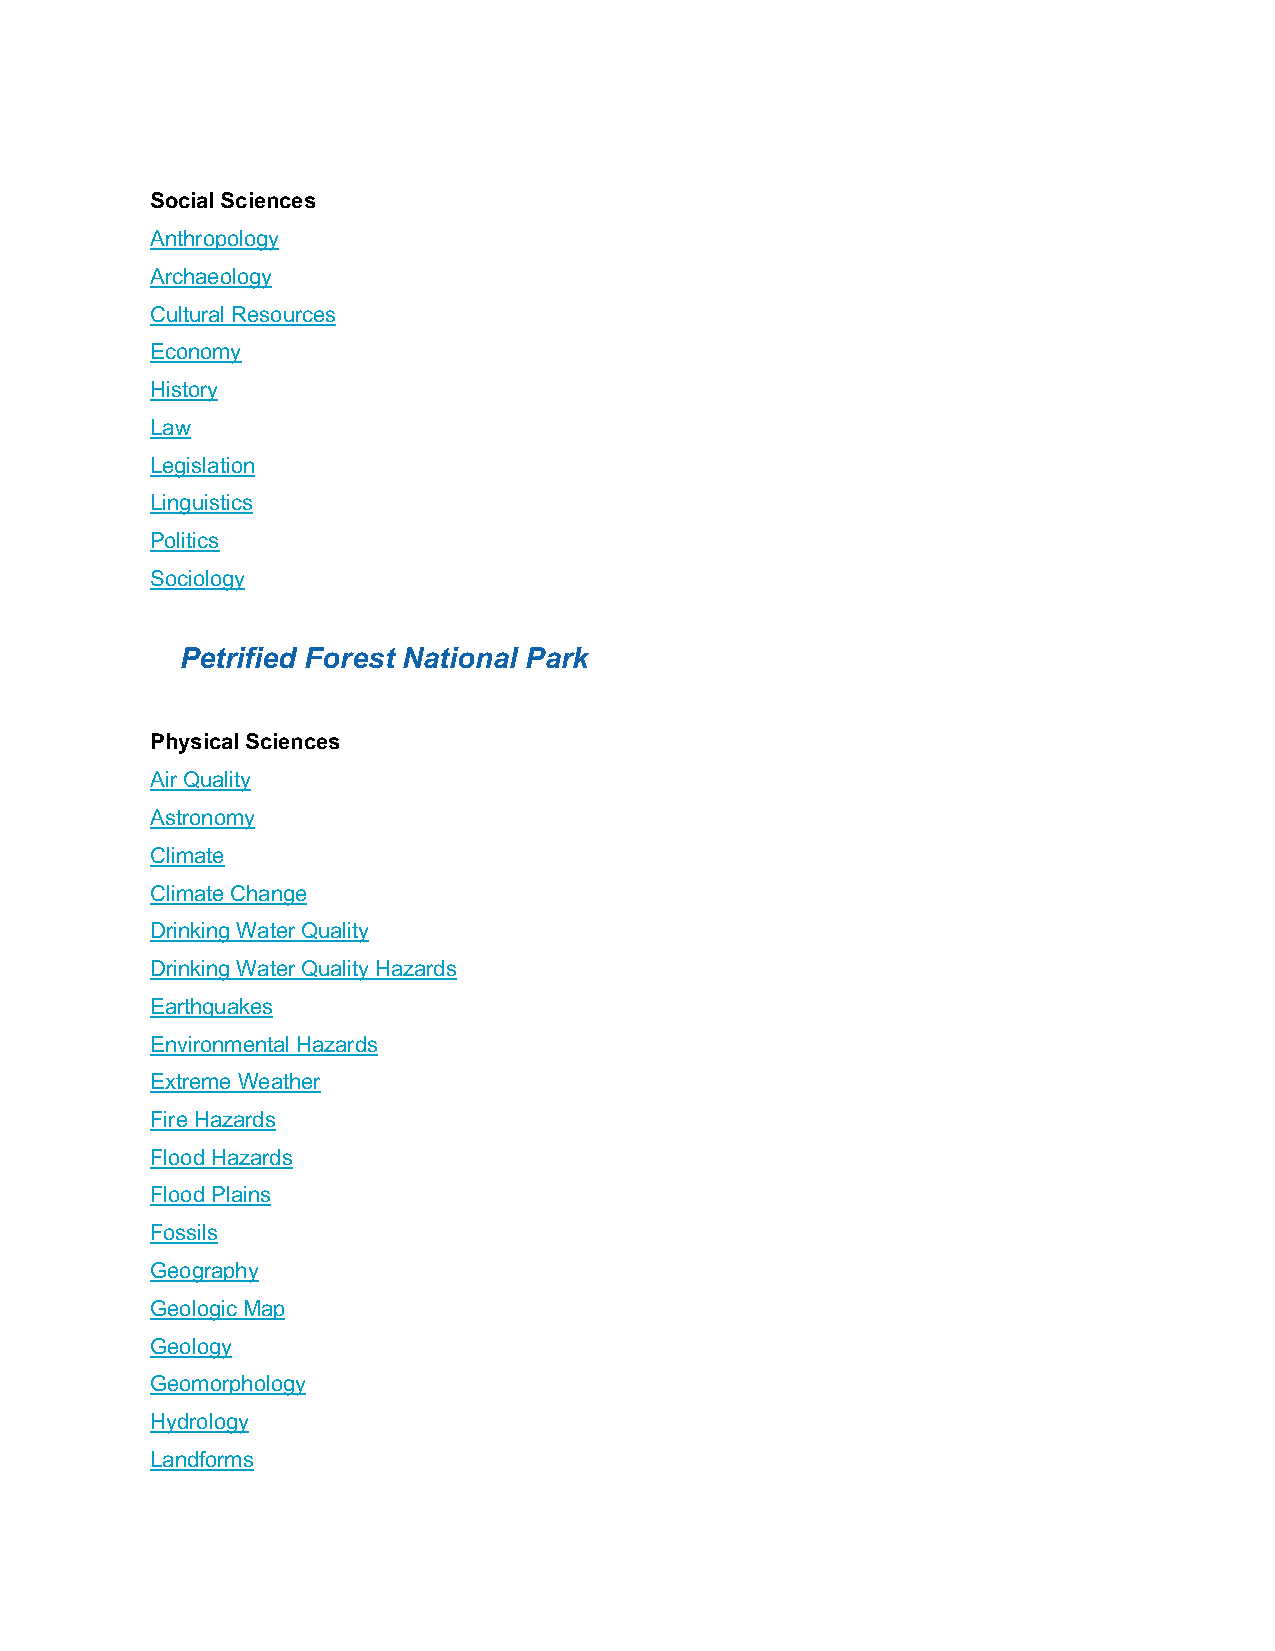
Social Sciences
 Anthropology
 Archaeology
 Cultural Resources
 Economy
 History
 Law
 Legislation
 Linguistics
 Politics
 Sociology
 Petrified Forest National Park
 Physical Sciences
 Air Quality
 Astronomy
 Climate
 Climate Change
 Drinking Water Quality
 Drinking Water Quality Hazards
 Earthquakes
 Environmental Hazards
 Extreme Weather
 Fire Hazards
 Flood Hazards
 Flood Plains
 Fossils
 Geography
 Geologic Map
 Geology
 Geomorphology
 Hydrology
 Landforms